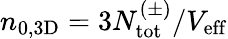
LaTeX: n_{0,\mathrm{{3D}}}=3N_{\mathrm{{tot}}}^{(\pm)}/V_{\mathrm{{eff}}}